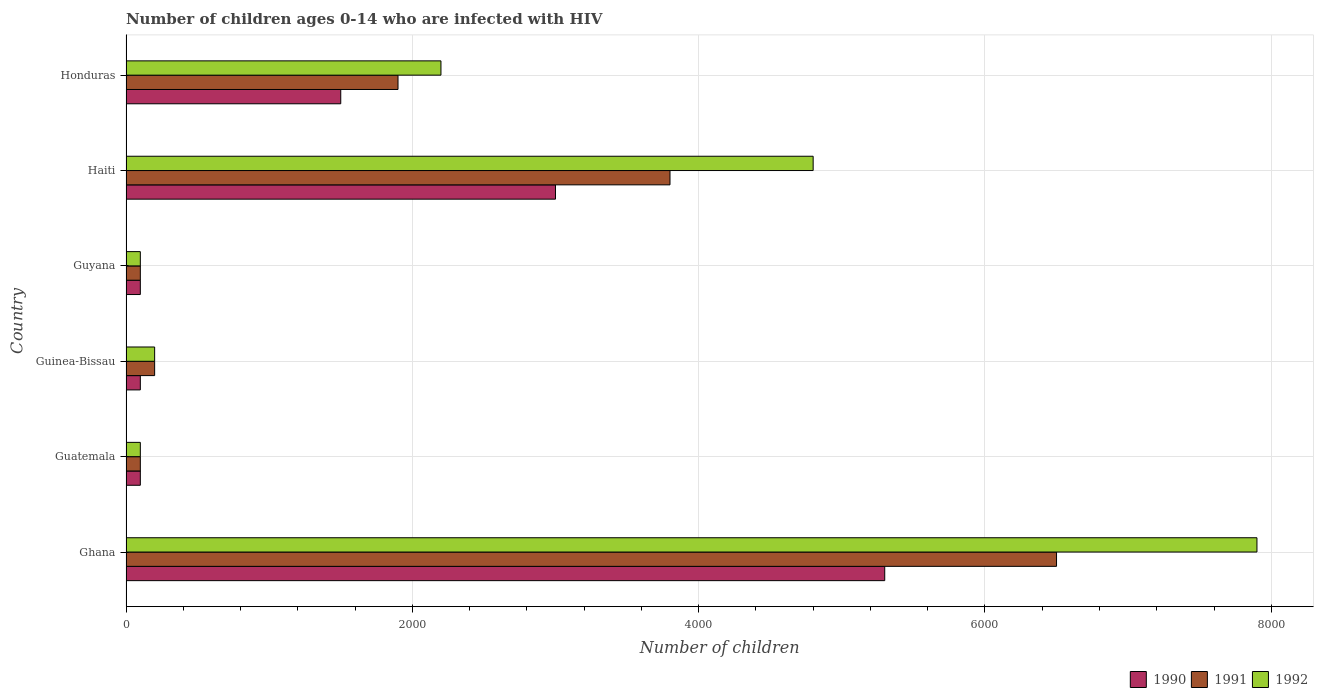
| Country | 1990 | 1991 | 1992 |
 | --- | --- | --- | --- |
 | Ghana | 5.3e+03 | 6.5e+03 | 7.9e+03 |
 | Guatemala | 100 | 100 | 100 |
 | Guinea-Bissau | 100 | 200 | 200 |
 | Guyana | 100 | 100 | 100 |
 | Haiti | 3e+03 | 3.8e+03 | 4.8e+03 |
 | Honduras | 1.5e+03 | 1.9e+03 | 2.2e+03 |